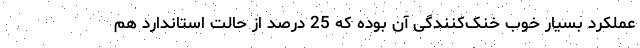
عملکرد بسیار خوب خنک‌کنندگی آن بوده که 25 درصد از حالت استاندارد هم